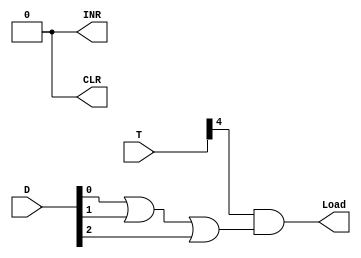
module DR_Control(Load, INR, CLR, T, D);

	input [7:0] T, D;
	output Load, INR, CLR;
	wire o;
	assign o= D[0] | D[1] | D[2] ;
	
	assign Load = T[4] & o;
	assign INR = 0;
	assign CLR = 0;

endmodule